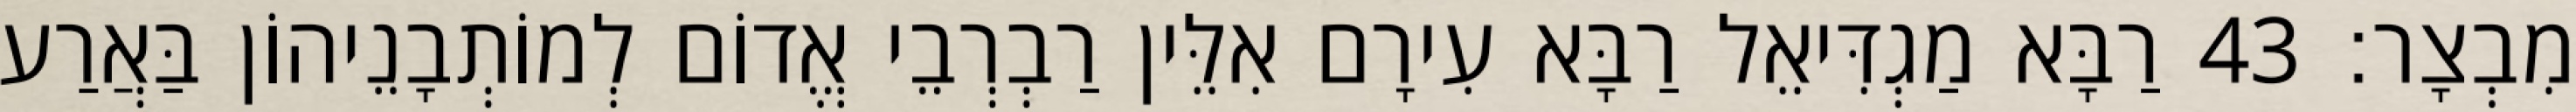
מִבְצָר׃ 43 רַבָּא מַגְדִּיאֵל רַבָּא עִירָם אִלֵּין רַבְרְבֵי אֱדוֹם לְמוֹתְבָנֵיהוֹן בַּאֲרַע